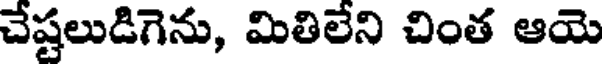
చేష్టలుడిగెను, మితిలేని చింత ఆయె